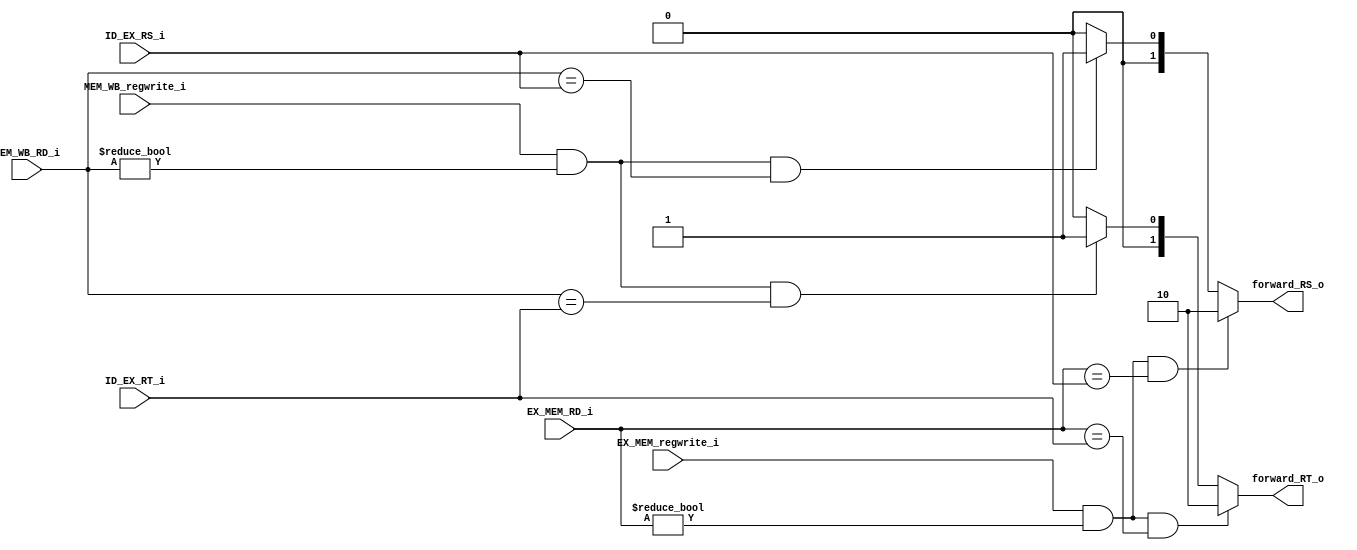
module Forward
(
    MEM_WB_regwrite_i,
    EX_MEM_regwrite_i,
    MEM_WB_RD_i,
    EX_MEM_RD_i,
    ID_EX_RS_i,
    ID_EX_RT_i,
    forward_RS_o,
    forward_RT_o
);

input				MEM_WB_regwrite_i;
input				EX_MEM_regwrite_i;
input  [4:0]		MEM_WB_RD_i;
input  [4:0]		EX_MEM_RD_i;
input  [4:0]		ID_EX_RS_i;
input  [4:0]		ID_EX_RT_i;
output [1:0]        forward_RS_o;
output [1:0]        forward_RT_o;

wire memRS ;
wire wbRS ;
wire memRT ;
wire wbRT ;

assign memRS = EX_MEM_regwrite_i && EX_MEM_RD_i != 0 && EX_MEM_RD_i == ID_EX_RS_i ;
assign wbRS  = MEM_WB_regwrite_i && MEM_WB_RD_i != 0 && MEM_WB_RD_i == ID_EX_RS_i ;
assign memRT = EX_MEM_regwrite_i && EX_MEM_RD_i != 0 && EX_MEM_RD_i == ID_EX_RT_i ;
assign wbRT  = MEM_WB_regwrite_i && MEM_WB_RD_i != 0 && MEM_WB_RD_i == ID_EX_RT_i ;

assign forward_RS_o = memRS ? 2'd2 : wbRS ? 2'd1 : 2'd0 ;
assign forward_RT_o = memRT ? 2'd2 : wbRT ? 2'd1 : 2'd0 ;

endmodule